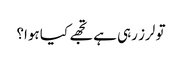
تو لرز رہی ہے تجھے کیا ہوا؟